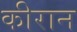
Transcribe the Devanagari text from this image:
कीरान